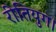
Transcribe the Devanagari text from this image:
रीतियुग।